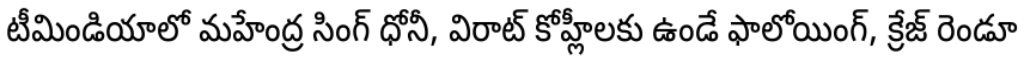
టీమిండియాలో మహేంద్ర సింగ్ ధోనీ, విరాట్ కోహ్లీలకు ఉండే ఫాలోయింగ్, క్రేజ్ రెండూ